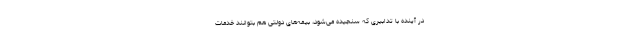
در آینده با تدابیری که سنجیده می‌شود، بیمه‌های دولتی هم بتوانند خدمات